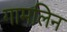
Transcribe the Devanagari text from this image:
गामलिन